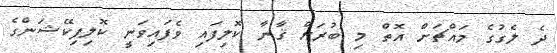
ދެ ލެގުގެ މައްޗަށް އޮތް މި ބުރަށް ޤާނާ ކޮލިފައި ވެފައިވަނީ ކޮލިފިކޭޝަންގެ